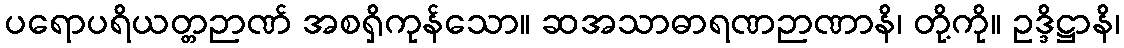
ပရောပရိယတ္တဉာဏ် အစရှိကုန်သော။ ဆအသာဓာရဏဉာဏာနိ၊ တို့ကို။ ဥဒ္ဒိဋ္ဌာနိ၊